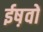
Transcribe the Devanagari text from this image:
ईष़वों